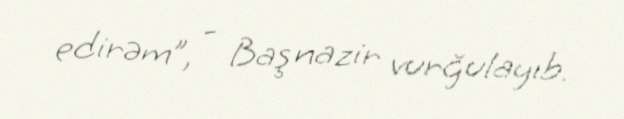
edirəm”, - Baş nazir vurğulayıb.